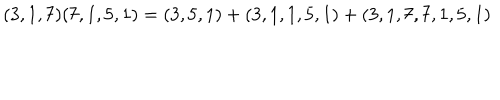
LaTeX: ( 3 , 1 , 7 ) ( 7 , 1 , 5 , 1 ) = ( 3 , 5 , 1 ) + ( 3 , 1 , 1 , 5 , 1 ) + ( 3 , 1 , 7 , 7 , 1 , 5 , 1 )